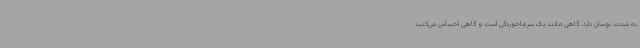
به شدت نوسان دارد. گاهی مانند یک سرماخوردگی است و گاهی احساس می‌کنید